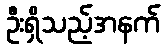
ဦးရှိသည့်အနက်